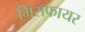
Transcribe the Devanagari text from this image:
मिसफायर